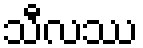
သီလဿ